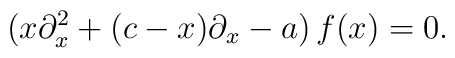
(x\partial_x^2+(c-x)\partial_x-a)\,f(x)=0.